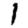
Digit: 1